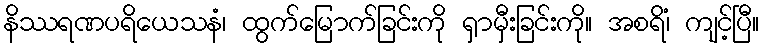
နိဿရဏပရိယေသနံ၊ ထွက်မြောက်ခြင်းကို ရှာမှီးခြင်းကို။ အစရိံ၊ ကျင့်ပြီ။